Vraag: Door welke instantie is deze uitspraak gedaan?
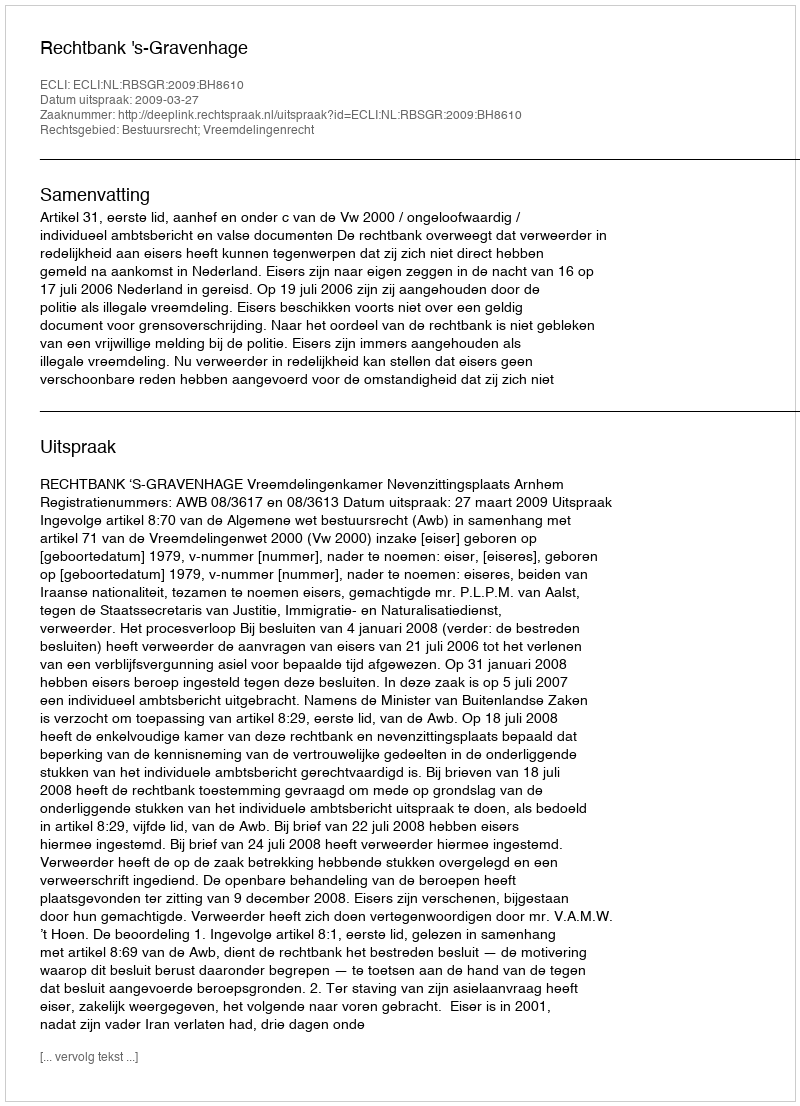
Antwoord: Rechtbank 's-Gravenhage